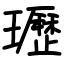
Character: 瓑